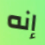
إنه